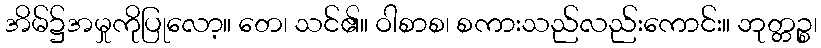
အိမ်၌အမှုကိုပြုလော့။ တေ၊ သင်၏။ ဝါစာစ၊ စကားသည်လည်းကောင်း။ ဘုတ္တဉ္စ၊